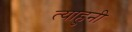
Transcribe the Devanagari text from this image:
त्याहुनी